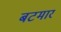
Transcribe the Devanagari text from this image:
बटमार